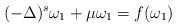
LaTeX: \begin{align*} (-\Delta)^s\omega_1 + \mu \omega_1= f(\omega_1)\end{align*}